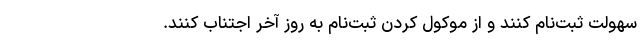
سهولت ثبت‌نام کنند و از موکول کردن ثبت‌نام به روز آخر اجتناب کنند.